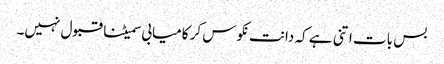
بس بات اتنی ہے کہ دانت نکوس کر کامیابی سمیٹنا قبول نہیں۔